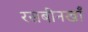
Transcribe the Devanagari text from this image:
रसबीनखाँ